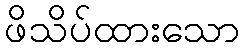
ဖိသိပ်ထားသော